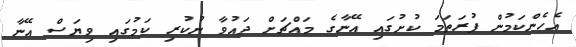
އެހެންކަމުން ފުރަތަމަ ކުށުގައި އޭނާގެ މައްޗަށް ދައުވާ ނުކުރި ކަމުގައި ވިޔަސް އޭނާ